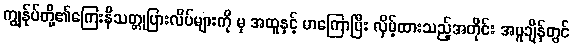
ကျွန်ုပ်တို့၏ကြေးနီသတ္တုပြားလိပ်များကို မှ အထူနှင့် မာကြောပြီး လှိမ့်ထားသည့်အတိုင်း အပူချိန်တွင်